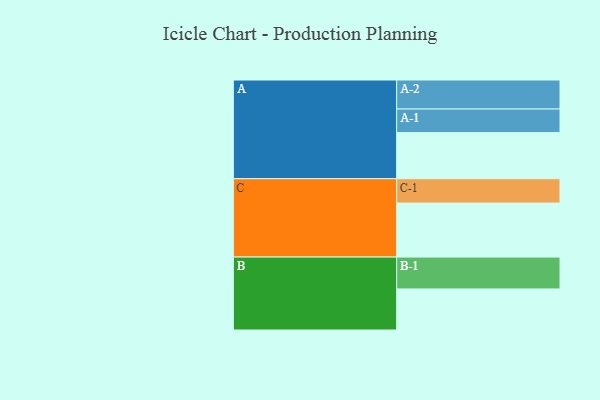
{"axis": {"x": "Segment", "y": "Value"}, "legend": ["", "A", "B", "C"], "data": [{"x": "A", "y": 356, "type": ""}, {"x": "B", "y": 317, "type": ""}, {"x": "C", "y": 417, "type": ""}, {"x": "A-1", "y": 182, "type": "A"}, {"x": "A-2", "y": 224, "type": "A"}, {"x": "B-1", "y": 246, "type": "B"}, {"x": "C-1", "y": 188, "type": "C"}]}